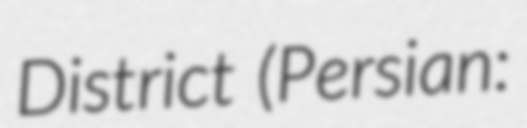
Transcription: District (Persian: